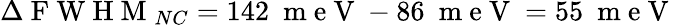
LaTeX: \Delta\mathrm{~F~W~H~M~}_{NC}=142~\mathrm{~m~e~V~}-86~\mathrm{~m~e~V~}=55~\mathrm{~m~e~V~}